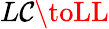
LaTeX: L\mathcal{C}\toLL